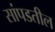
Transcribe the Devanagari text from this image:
सांपडतील